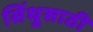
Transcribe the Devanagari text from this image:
सिंधुसाठी